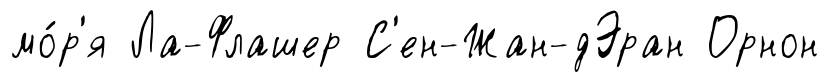
мо́р'я Ла-Флашер С'ен-Жан-дЭран Орнон